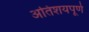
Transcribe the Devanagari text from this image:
अतिशयपूर्ण